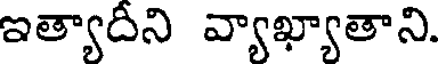
ఇత్యాదిని వ్యాఖ్యాతాని.